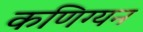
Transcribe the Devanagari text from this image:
कणिग्यन